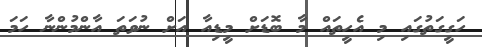
ހަގީގަތުގައި މި އެހީތައް މާ ބޮޑަށް މީޑިއާ އަށް ނުވަތަ އާންމުންނާ ހަމަ